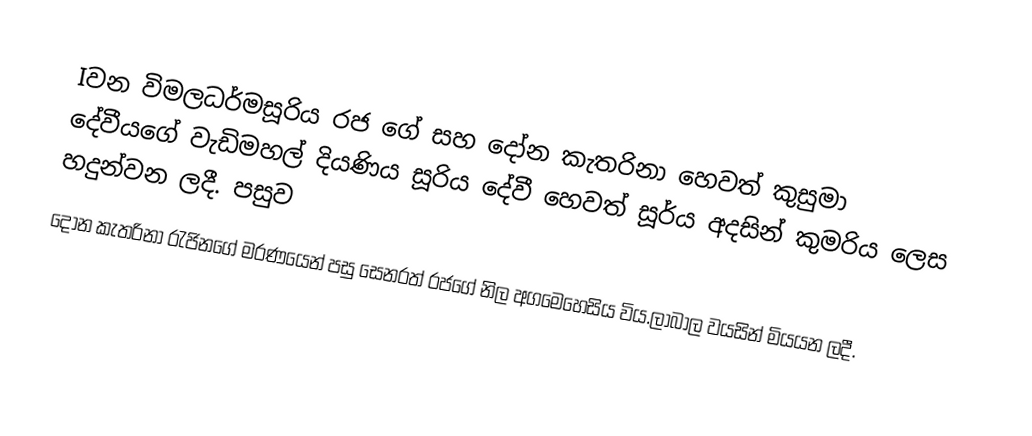
Iවන විමලධර්මසූරිය රජ ගේ සහ දෝන කැතරිනා හෙවත් කුසුමා දේවීයගේ වැඩිමහල් දියණිය සූරිය දේවී හෙවත් සූර්ය අදසින් කුමරිය ලෙස හදුන්වන ලදී. පසුව
දෝන කැතරිනා රැජිනගේ මරණයෙන් පසු සෙනරත් රජගේ නිල අගමෙහෙසිය විය.ලාබාල වයසින් මියයන ලදී.